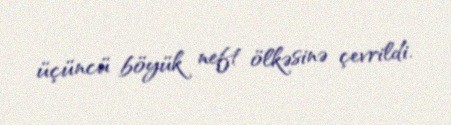
üçüncü böyük neft ölkəsinə çevrildi.